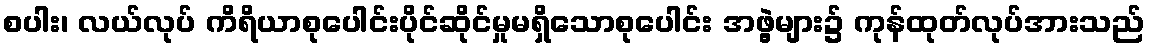
စပါး၊ လယ်လုပ် ကိရိယာစုပေါင်းပိုင်ဆိုင်မှုမရှိသောစုပေါင်း အဖွဲ့များ၌ ကုန်ထုတ်လုပ်အားသည်